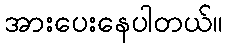
အားပေးနေပါတယ်။